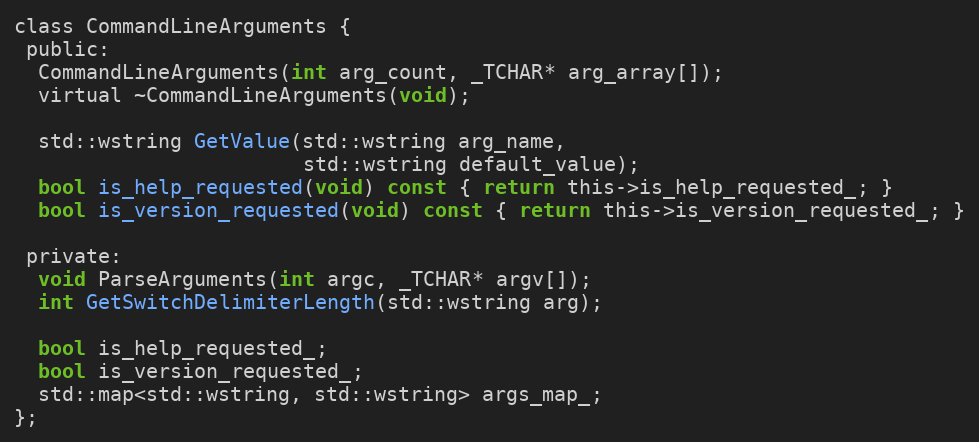
Language: C
class CommandLineArguments {
 public:
  CommandLineArguments(int arg_count, _TCHAR* arg_array[]);
  virtual ~CommandLineArguments(void);

  std::wstring GetValue(std::wstring arg_name,
                        std::wstring default_value);
  bool is_help_requested(void) const { return this->is_help_requested_; }
  bool is_version_requested(void) const { return this->is_version_requested_; }

 private:
  void ParseArguments(int argc, _TCHAR* argv[]);
  int GetSwitchDelimiterLength(std::wstring arg);

  bool is_help_requested_;
  bool is_version_requested_;
  std::map<std::wstring, std::wstring> args_map_;
};